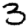
Digit: 3